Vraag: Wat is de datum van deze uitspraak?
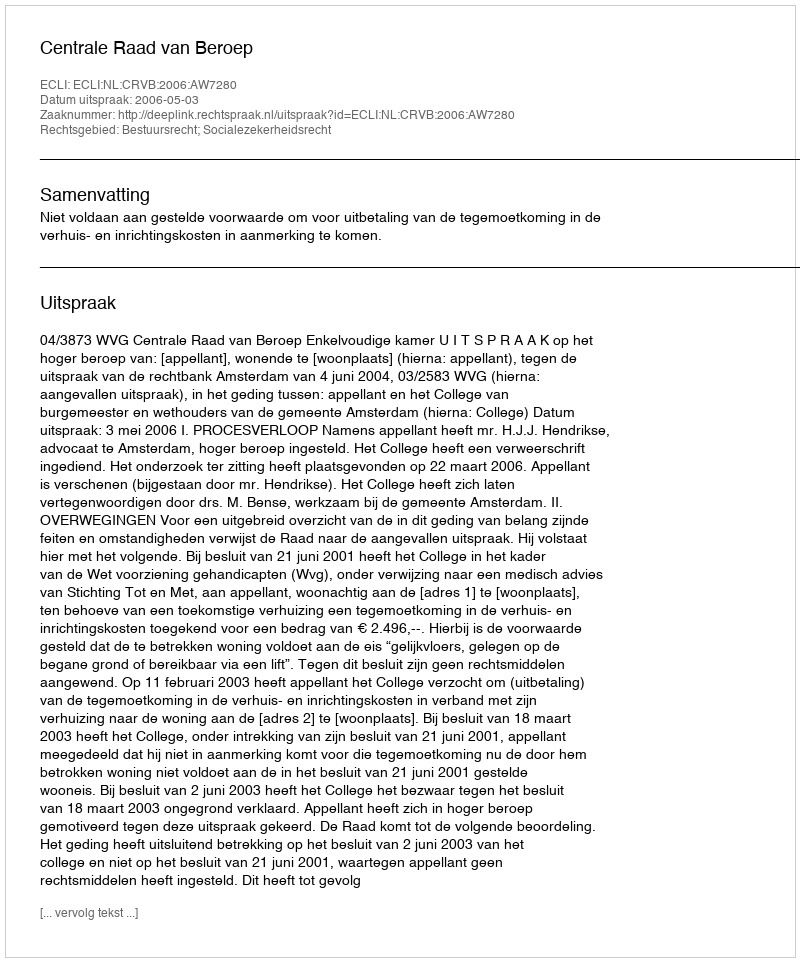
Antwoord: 2006-05-03